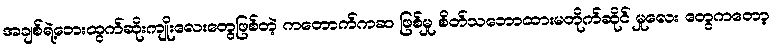
အချစ်ရဲ့ဘေးထွက်ဆိုးကျိုးလေးတွေဖြစ်တဲ့ ကတောက်ကဆ ဖြစ်မှု စိတ်သဘောထားမတိုက်ဆိုင် မှုလေး တွေကတော့